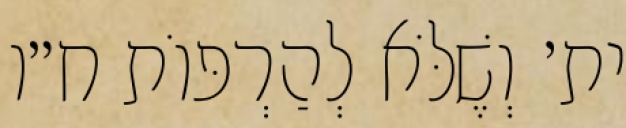
ית׳ וְשֶׁלֹּא לְהַרְפּוֹת ח״ו